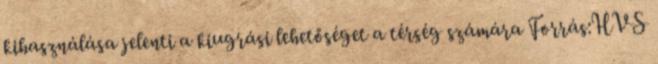
kihasználása jelenti a kiugrási lehetőséget a térség számára Forrás:HVS